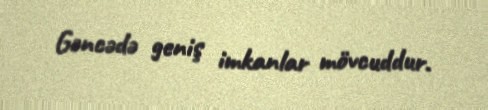
Gəncədə geniş imkanlar mövcuddur.